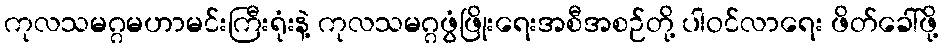
ကုလသမဂ္ဂမဟာမင်းကြီးရုံးနဲ့ ကုလသမဂ္ဂဖွံဖြိုးရေးအစီအစဉ်တို့ ပါဝင်လာရေး ဖိတ်ခေါ်ဖို့